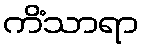
ကိံသာရာ